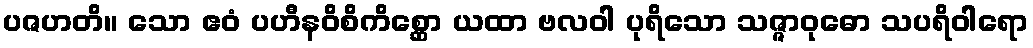
ပဇဟတိ။ သော ဧဝံ ပဟီနဝိစိကိစ္ဆော ယထာ ဗလဝါ ပုရိသော သဇ္ဇာဝုဓော သပရိဝါရော